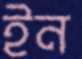
ইন